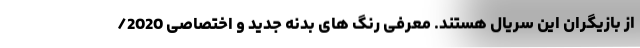
از بازیگران این سریال هستند. معرفی رنگ های بدنه جدید و اختصاصی 2020/